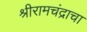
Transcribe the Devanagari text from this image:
श्रीरामचंद्राचा